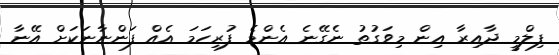
ފިލްމީ ދާއިރާ އިން މިވަގުތު ނެގޭނެ އެންމެ ފުރިހަމަ އެއް ފަންނާނަކަށް އޭނާ